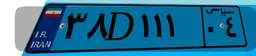
۳۸D۱۱۱۰۴